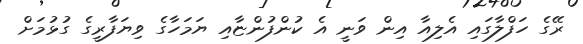
ރޭގެ ހަފްލާގައި އެލިއާ އިން ވަނީ އެ ކުންފުންޏާއި ޔަމަހާގެ ވިޔަފާރީގެ ގުޅުމަށް